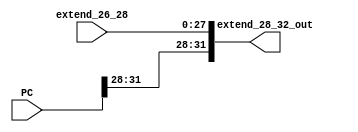
module F_extend_28_32(
    input wire [31:0] PC,
    input wire [27:0] extend_26_28,

    output wire [31:0] extend_28_32_out
);

    assign extend_28_32_out = {PC[31:28], extend_26_28};

endmodule